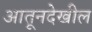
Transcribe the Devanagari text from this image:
आतूनदेखील